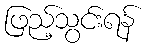
ဖြည့်သွင်းရန်